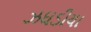
ઝઘડીયા